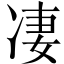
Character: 凄